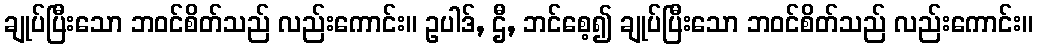
ချုပ်ပြီးသော ဘဝင်စိတ်သည် လည်းကောင်း။ ဥပါဒ်, ဌီ, ဘင်စေ့၍ ချုပ်ပြီးသော ဘဝင်စိတ်သည် လည်းကောင်း။